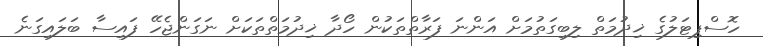
ހޮސްޕިޓަލުގެ ޚިދުމަތް ލިބިގަތުމަށް އަންނަ ފަރާތްތަކުން ހޯދާ ޚިދުމަތްތަކަށް ނަގަންޖެހޭ ފައިސާ ބަލައިގަނެ